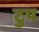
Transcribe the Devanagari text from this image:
टुप